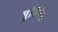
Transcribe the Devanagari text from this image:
सुचिवेध